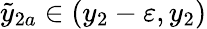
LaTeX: \tilde{y}_{2a}\in(y_{2}-\varepsilon,y_{2})